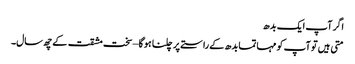
اگر آپ ایک بدھ
متی ہیں تو آپ کو مہاتما بدھ کے راستے پر چلنا ہو گا – سخت مشقت کے چھ سال۔